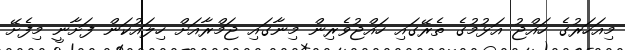
މިއަހަރުގެ ހައްޖު އަޅުމުގެ ތެރޭގައި ހައްޖުވެރިން މިނާގައި ޖަމްރާއަށް ހިލައުކަން ފަށާނީ މިފެށޭ